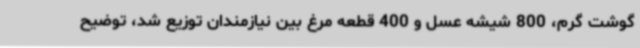
گوشت گرم، 800 شیشه عسل و 400 قطعه مرغ بین نیازمندان توزیع شد، توضیح